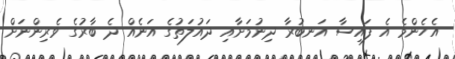
އެހެންމެ އެ ފައިސާ އަނބުރާ ދިނުމަށާއި ދައުލަތުގެ އަނެއް ދެ ބާރުގެ ވެރިންނަށް